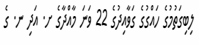
ލިބިގަތުމުގެ ހައްގުގެ ގަވާއިދުގެ 22 ވަނަ މާއްދާގެ ށ. އަދި ނ. ގެ